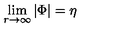
\lim _ { r \rightarrow \infty } | \Phi | = \eta